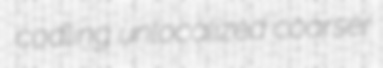
codling unlocalized coarser